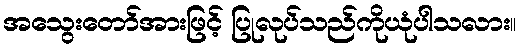
အသွေးတော်အားဖြင့် ပြုလုပ်သည်ကိုယုံပါသလား။